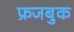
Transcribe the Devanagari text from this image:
फ्रजबुक